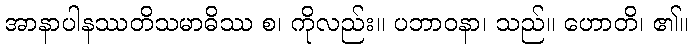
အာနာပါနဿတိသမာဓိဿ စ၊ ကိုလည်း။ ပဘာဝနာ၊ သည်။ ဟောတိ၊ ၏။